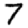
Digit: 7